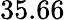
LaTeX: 35.66